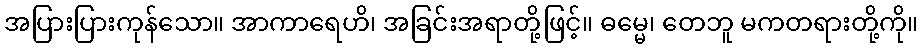
အပြားပြားကုန်သော။ အာကာရေဟိ၊ အခြင်းအရာတို့ဖြင့်။ ဓမ္မေ၊ တေဘူ မကတရားတို့ကို။